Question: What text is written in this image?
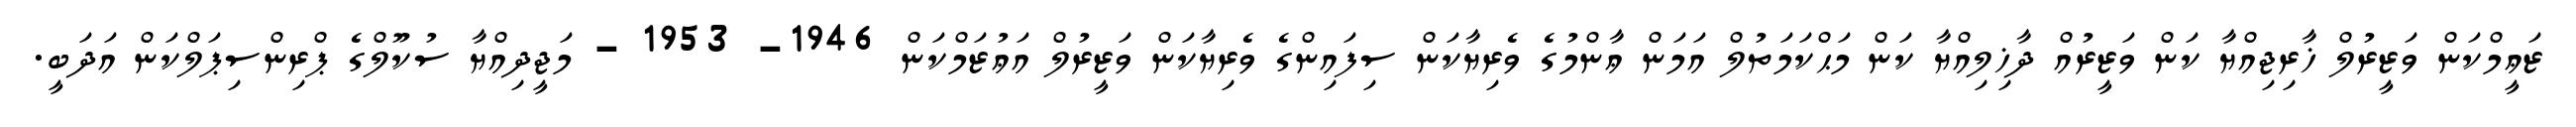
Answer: ޒަޢީމްކަން ވަޒީރުލް ޚާރިޖިއްޔާ ކަން ވަޒީރުއް ދާޚިލިއްޔާ ކަން މަޙްކަމަތުލް އަމަން ޢާންމުގެ ވެރިޔާކަން ސިފައިންގެ ވެރިޔާކަން ވަޒީރުލް އަޢުޒަމްކަން 1946- 1953 - މަޖީދިއްޔާ ސުކޫލްގެ ޕްރިންސިޕަލްކަން އަދަބީ.